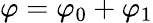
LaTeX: \varphi=\varphi_{0}+\varphi_{1}